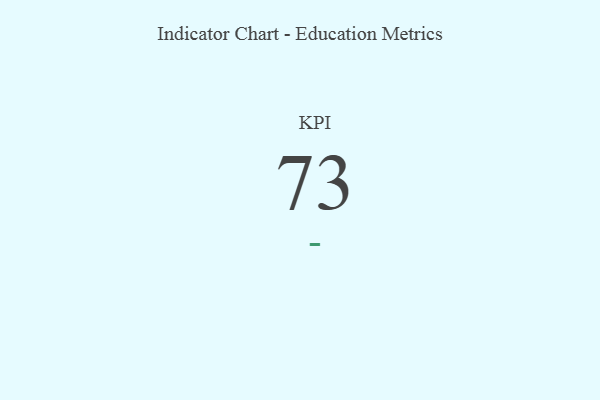
{"axis": {"x": "KPI", "y": "Value"}, "legend": [""], "data": [{"x": "KPI", "y": 73, "type": ""}]}